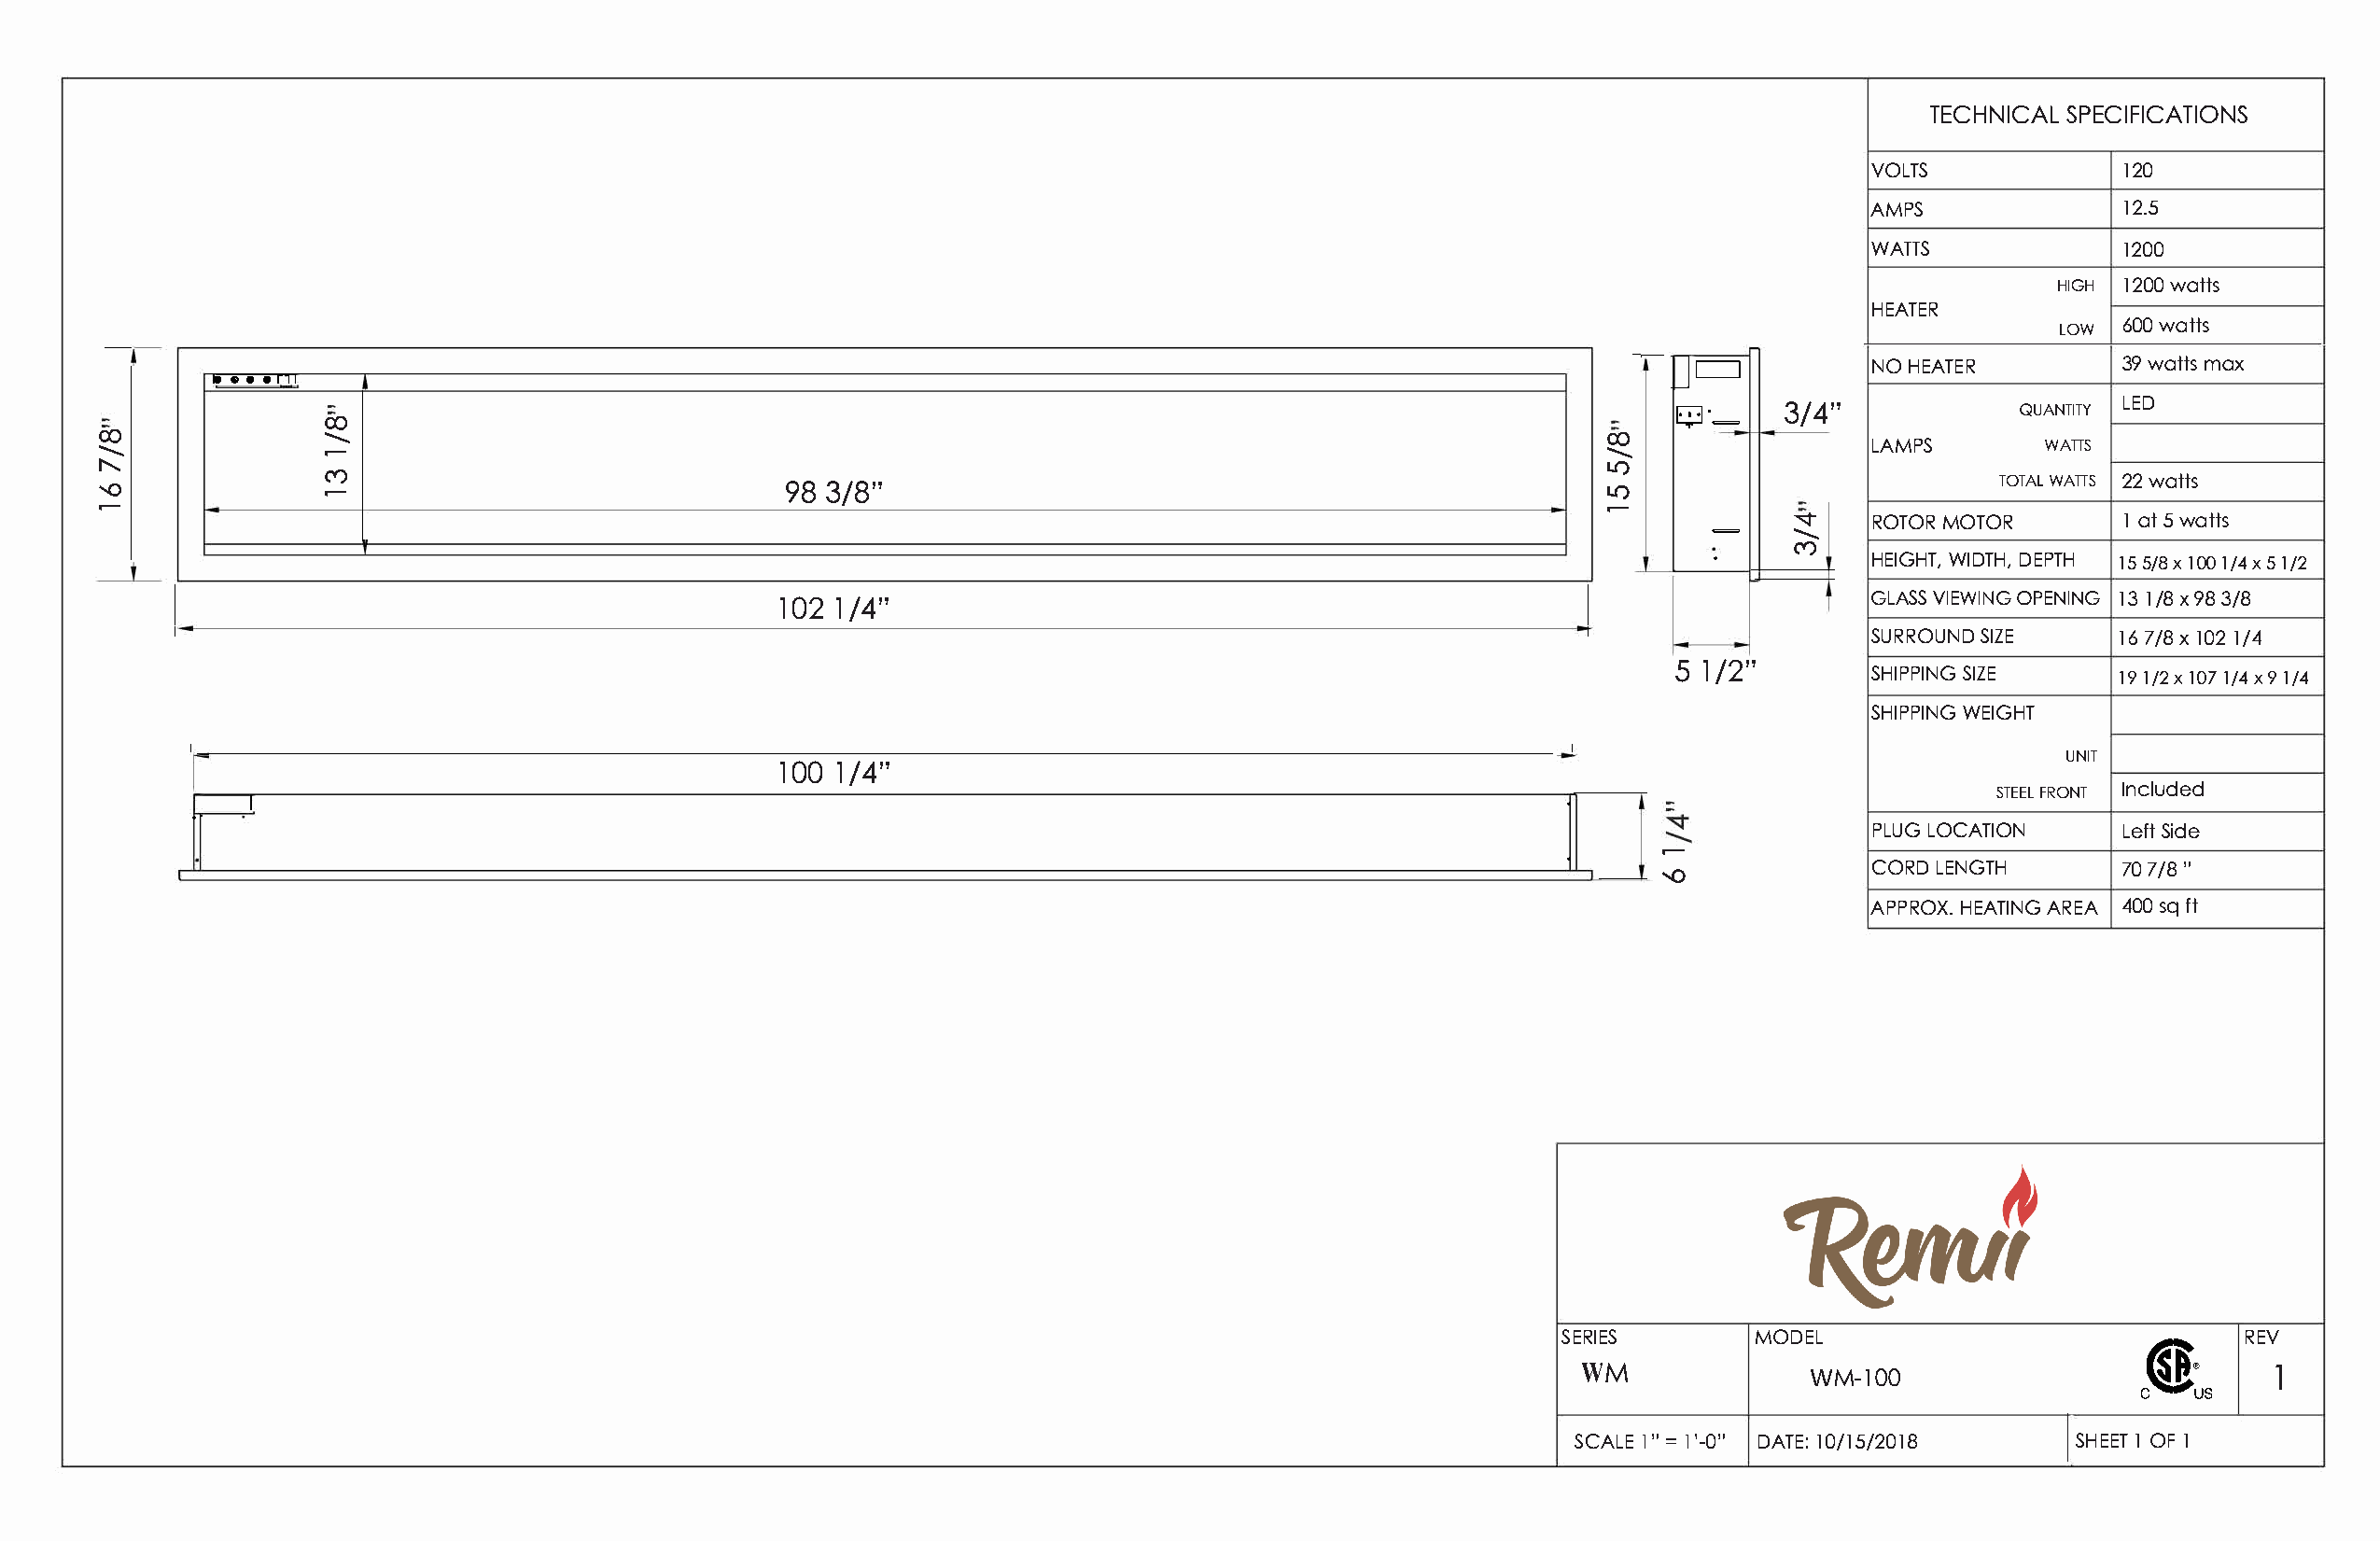
TECHNISCPAELC    IFICATIONS
 VOLTS            120
 AMPS             12.5
 WATTS            1200
 HIGH
 12w0a0t ts
 HEATER
 LOW 60w0a tts
 -  -                                                                                                            JCJ
 lee e, 7e1                                                                                           -�               NOH EATER        39wamtatxs
 3/4"            QUANTILTYE D
 CX)
 �-=
 CX) .........." .......... .--                                                                             CX) ..........     LAMPS       WATTS
 LI)
 C'0                                                                                                                    TOTWAALT TS
 '-0             .--                              983  /8"                                                  LI)                                 2w2a tts
 .--                                                                                                        .--          """
 =     .......... ROTOMRO TOR 1a t5w atts
 .    C'0
 HEIGWHITD,TD HE,P TH1 55 /X8 1 010 X/ 5 4/ 12
 1012/  4"                                                                     GLAVSISE WOIPNEGN I1N31G/ 8X9 83 /8
 I                                                                                                    I
 I                                                                                                    I                   SURROSUINZDE     167 /81x01 2/ 4
 5  /12 "
 SHIPPSIINZGE     191 /X2 1 017/ X49 1/4
 SHIPPWIENIGG HT
 I                                   UNIT
 I                                        1010/  4"                                                I
 ..                                                                                               .                              STEFERLO NTI ncluded
 I
 .      '°.--          PLULGO CATION    LeSfitd e
 CORLDE NGTH       70  7/8"
 APPRHOEXA.T AIRNEGA 4 0s0qf t
 SERIES       MODEL                              REV
 WM              WM-100                  Gett1
 SCAlL"E= 'l- 0D"A T1E0:/ 15/2018   IS HE1EO TF1